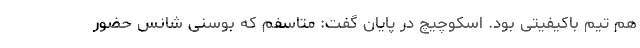
هم تیم باکیفیتی بود. اسکوچیچ در پایان گفت: متاسفم که بوسنی شانس حضور